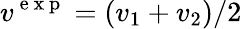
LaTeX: v^{\mathrm{~e~x~p~}}=(v_{1}+v_{2})/2